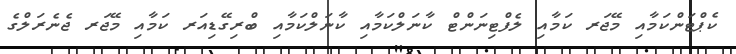
ކެޕްޓަންކަމާއި މޭޖަރ ކަމާއި ލެފްޓިނަންޓް ކާނަލްކަމާއި ކާނަލްކަމާއި ބްރިގޭޑިއަރ ކަމާއި މޭޖަރ ޖެނެރަލްގެ